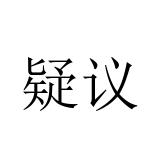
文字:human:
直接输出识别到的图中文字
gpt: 疑议